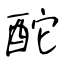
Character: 酡